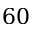
6 0